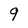
Character: 9